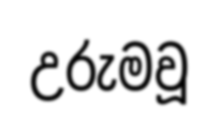
උරුමවූ